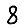
Digit: 8